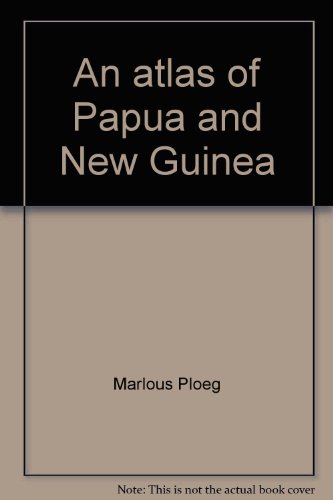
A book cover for An atlas of Papua and New Guinea; Marlous Ploeg; Travel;